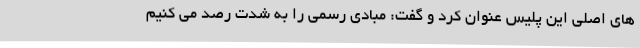
های اصلی این پلیس عنوان کرد و گفت: مبادی رسمی را به شدت رصد می کنیم